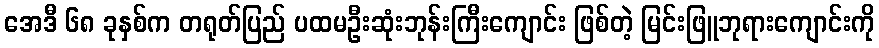
အေဒီ ၆၈ ခုနှစ်က တရုတ်ပြည် ပထမဦးဆုံးဘုန်းကြီးကျောင်း ဖြစ်တဲ့ မြင်းဖြူဘုရားကျောင်းကို